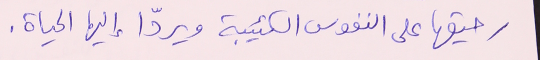
رحيقها على النفوس الكئيبة ويردّا إليها الحياة.